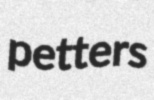
petters